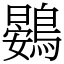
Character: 鷃